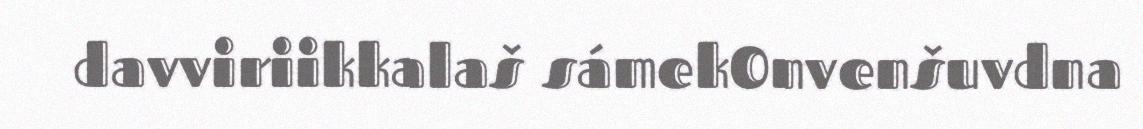
davviriikkalaš sámekOnvenšuvdna